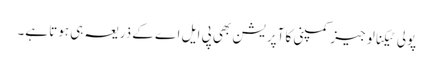
پولی ٹیکنالوجیز کمپنی کا آپریشن بھی پی ایل اے کے ذریعہ ہی ہوتا ہے۔